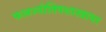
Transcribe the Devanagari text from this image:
फलज्योतिषशास्त्रावर